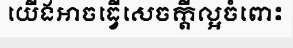
យើងអាចធ្វើសេចក្តីល្អចំពោះ